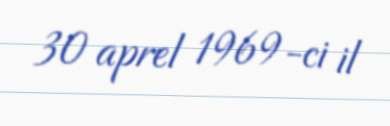
30 aprel 1969-ci il